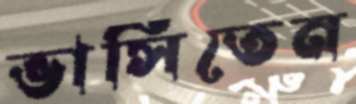
ভাসিতেন